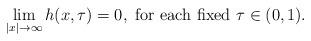
LaTeX: \begin{align*} \lim_{|x| \rightarrow\infty}h(x,\tau)=0, \mbox{ for each fixed $\tau\in(0,1)$}.\end{align*}